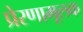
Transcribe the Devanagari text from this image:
प्रेरणामूलक